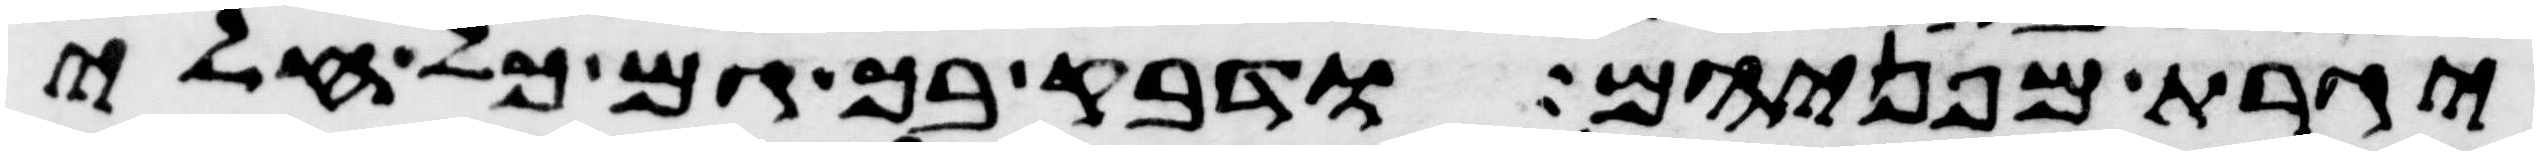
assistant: יגרת מפניהם ודבק בך גם כל חלי